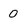
Character: 0